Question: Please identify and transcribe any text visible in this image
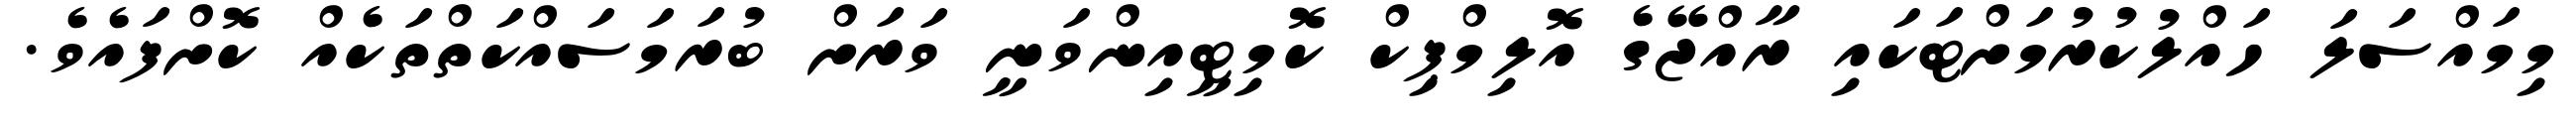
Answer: މިމައްސަލަ ހައްލުކުރުމަށްޓަކައި ރާއްޖޭގެ އޮލިމްޕިކް ކޮމިޓީއިންވަނީ ވަރަށް ބުރަމަސައްކަތްތަކެއް ކޮށްފައެވެ.